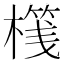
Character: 𣘷